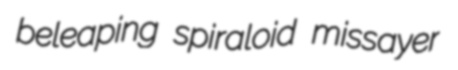
beleaping spiraloid missayer